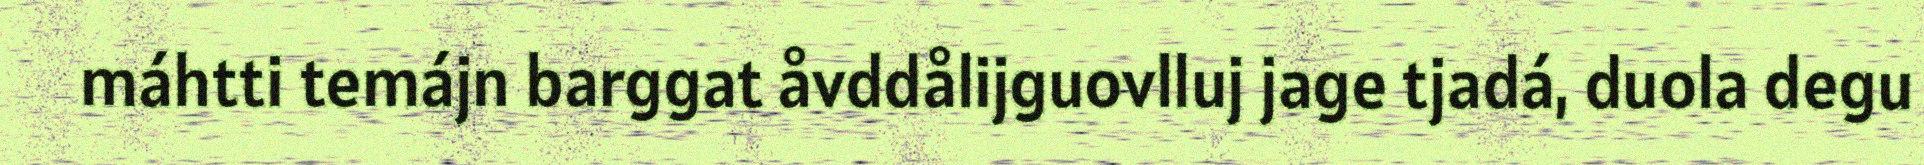
máhtti temájn barggat åvddålijguovlluj jage tjadá, duola degu